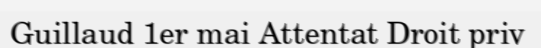
Guillaud 1er mai Attentat Droit priv